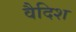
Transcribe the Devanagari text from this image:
वैदिश